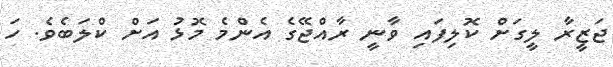
ޖަޒީރާ ލީގަށް ކޮލިފައި ވާނީ ރާއްޖޭގެ އެންމެ މޮޅު އަށް ކްލަބެވެ. ހަ